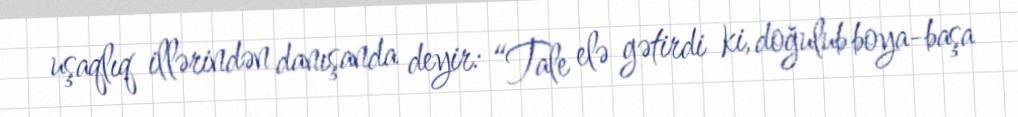
uşaqlıq illərindən danışanda deyir: “Tale elə gətirdi ki, doğulub boya-başa